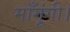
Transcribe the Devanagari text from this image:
माँगूंगी।